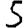
Digit: 5